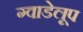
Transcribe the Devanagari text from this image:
ग्वाडेलूप